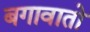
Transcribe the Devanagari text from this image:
बगावातो